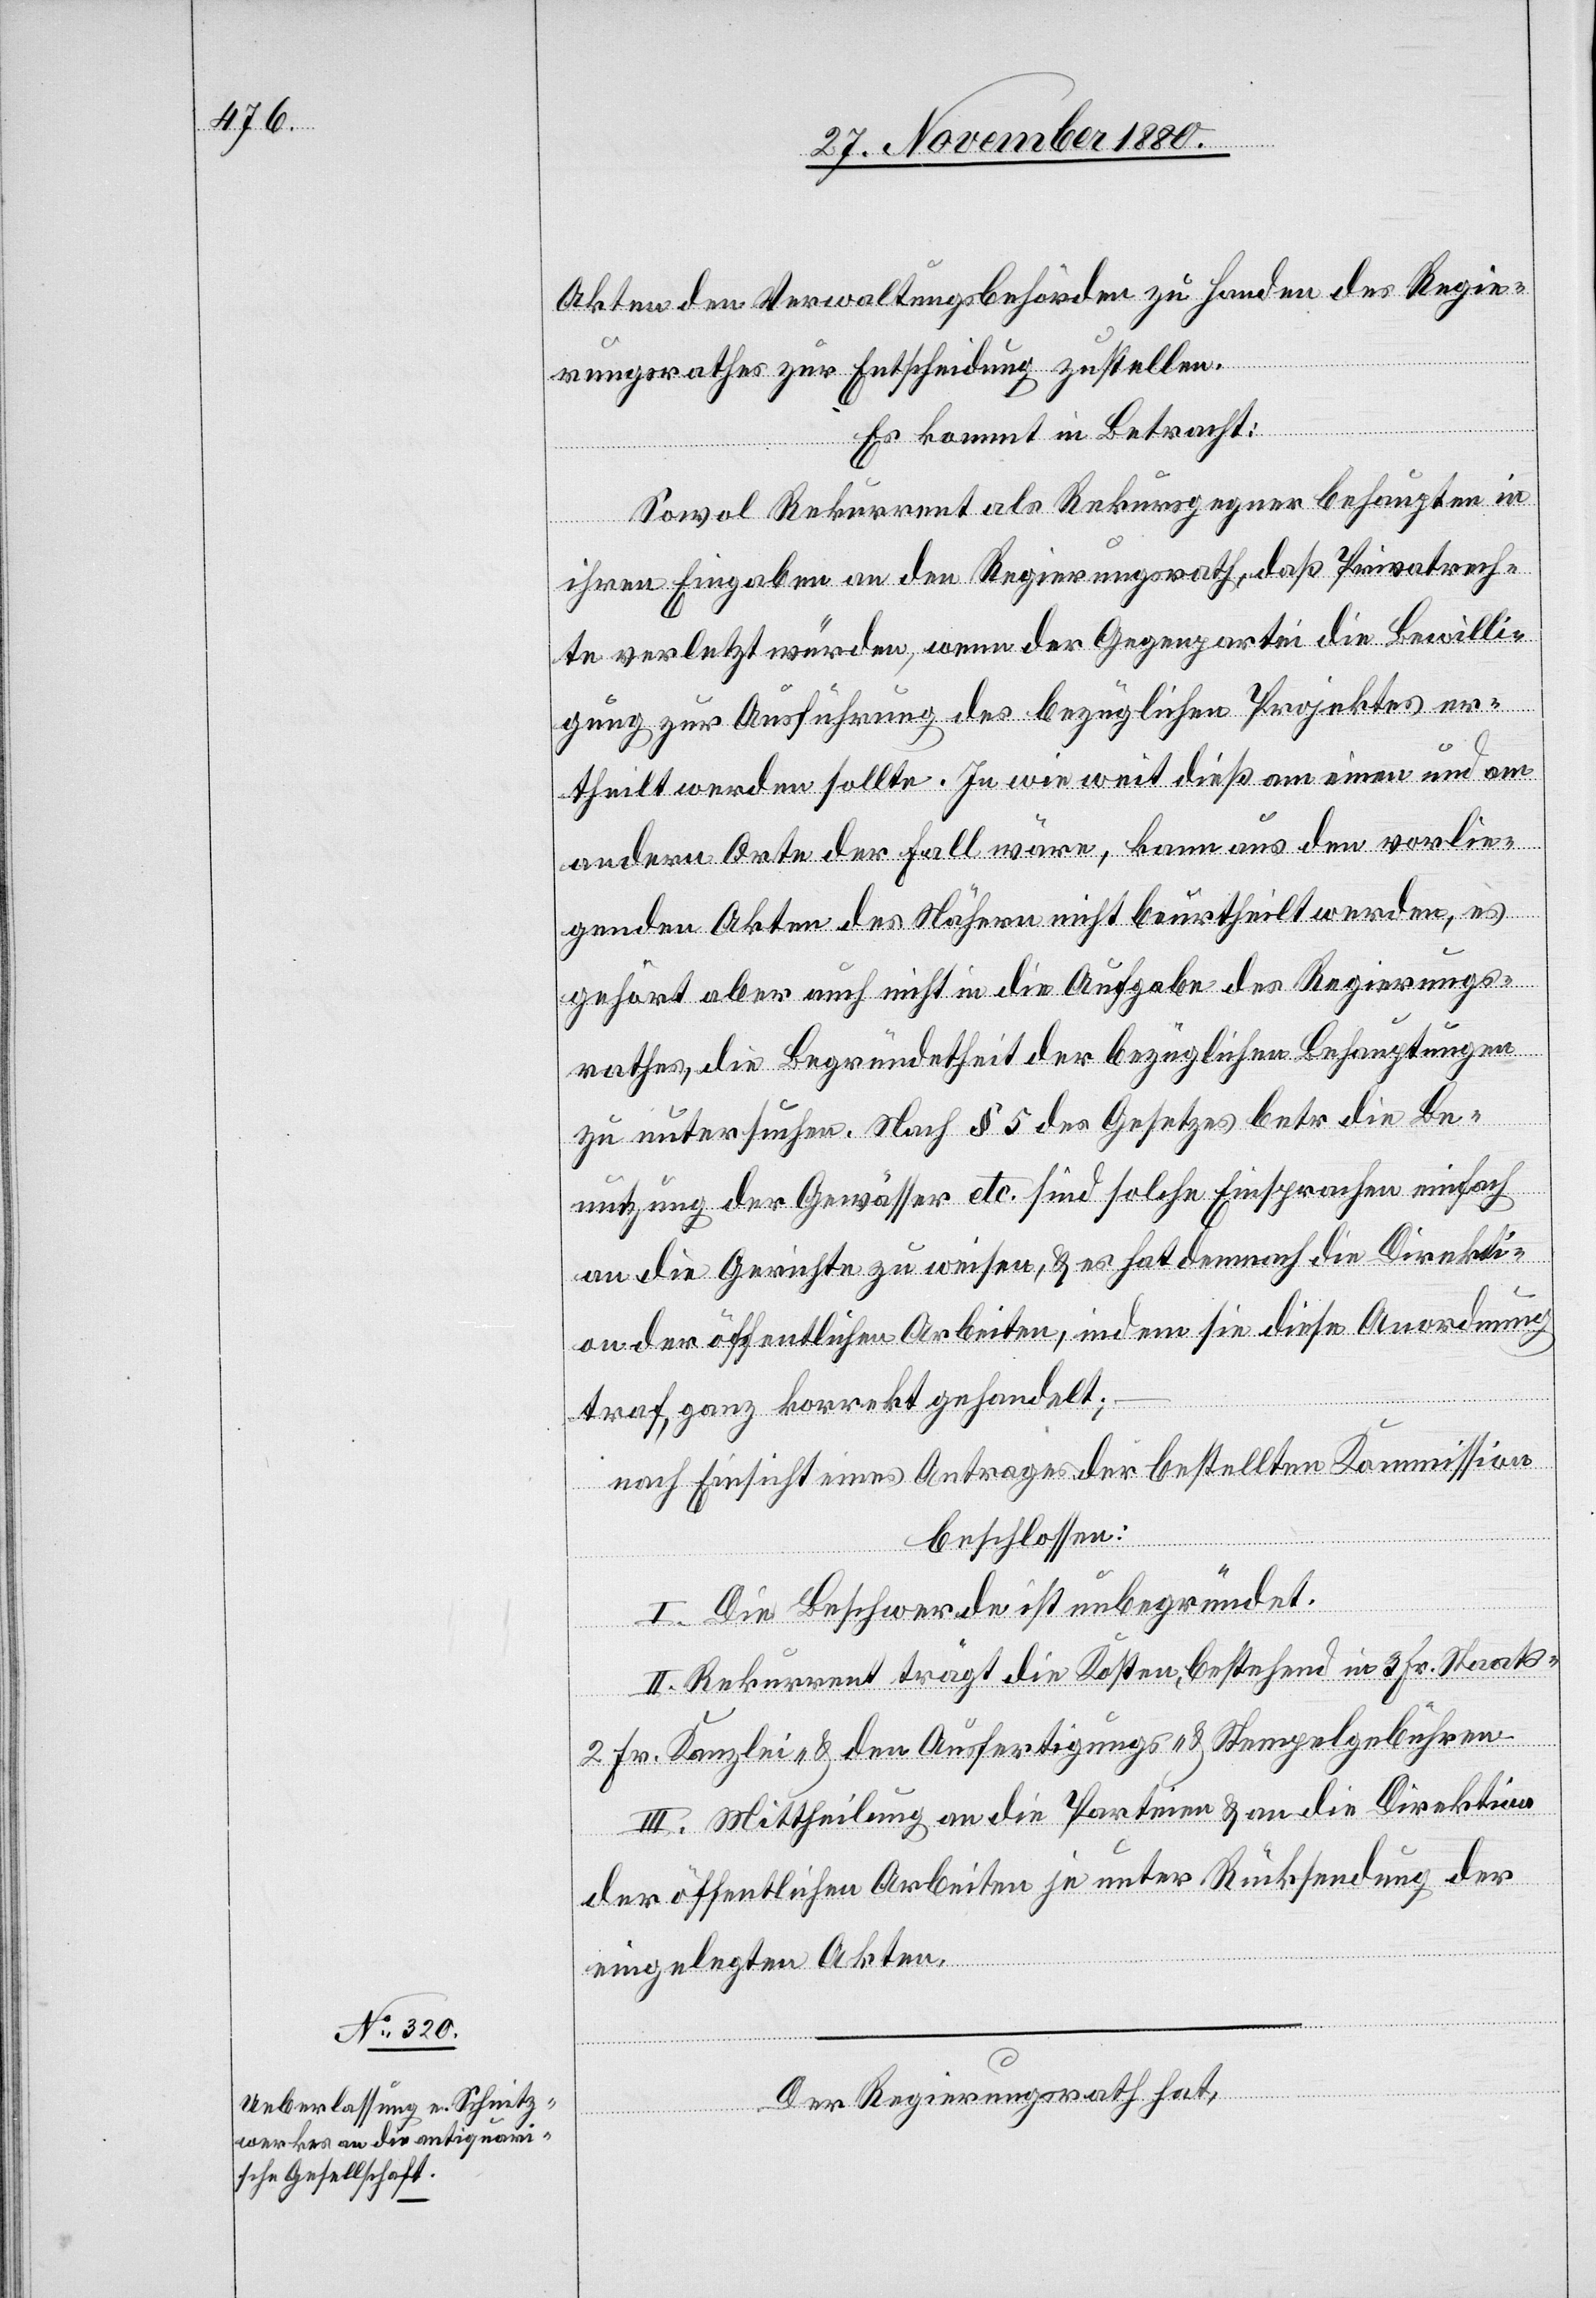
Akten den Verwaltungsbehörden zu Handen des Regie¬
rungsrathes zur Entscheidung zu[zu]stellen.
Es kommt in Betracht:
Sowol Rekurrent als Rekursgegner behaupten in
ihren Eingaben an den Regierungsrath, daß Privatrech¬
te verletzt würden, wenn der Gegenpartei die Bewilli¬
gung zur Ausführung des bezüglichen Projektes er¬
theilt werden sollte. In wie weit dieß an einem und
andern Orte der Fall wäre, kann aus den vorlie¬
genden Akten des Nähern nicht beurtheilt werden, es
gehört aber auch nicht in die Aufgabe des Regierungs¬
rathes, die Begründetheit der bezüglichen Behauptungen
zu untersuchen. Nach § 5 des Gesetzes betr. die Be¬
nutzung der Gewässer etc. sind solche Einsprachen einfach
an die Gerichte zu weisen, & es hat demnach die Direkti¬
on der öffentlichen Arbeiten, indem sie diese Anordnung
traf, ganz korrekt gehandelt;
nach Einsicht eines Antrages der bestellten Kommission
beschlossen:
I. Die Beschwerde ist unbegründet.
II. Rekurrent trägt die Kosten, bestehend in 3 Fr. Staats-,
2 Fr. Kanzlei- & den Ausfertigungs- & Stempelgebühren.
III. Mittheilung an die Parteien & an die Direktion
der öffentlichen Arbeiten je unter Rücksendung der
eingelegten Akten.
Der Regierungsrath hat,